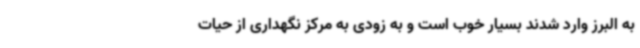
به البرز وارد شدند بسیار خوب است و به زودی به مرکز نگهداری از حیات